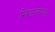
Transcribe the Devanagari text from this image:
खिळलेल्या